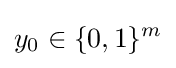
y_{0}\in \{0,1\}^{m}